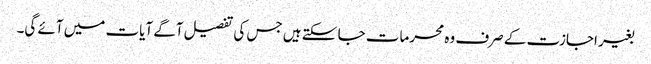
بغیر اجازت کے صرف وہ محرمات جا سکتے ہیں جس کی تفصیل آگے آیات میں آئے گی۔